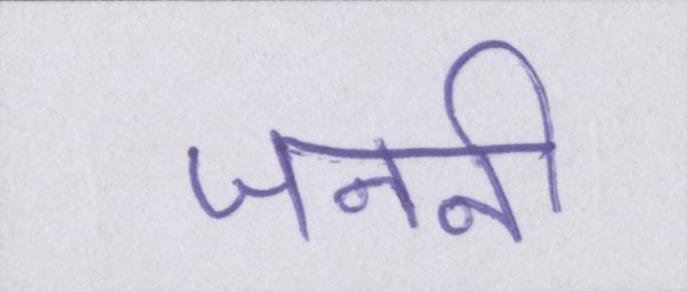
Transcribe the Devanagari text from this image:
जननी